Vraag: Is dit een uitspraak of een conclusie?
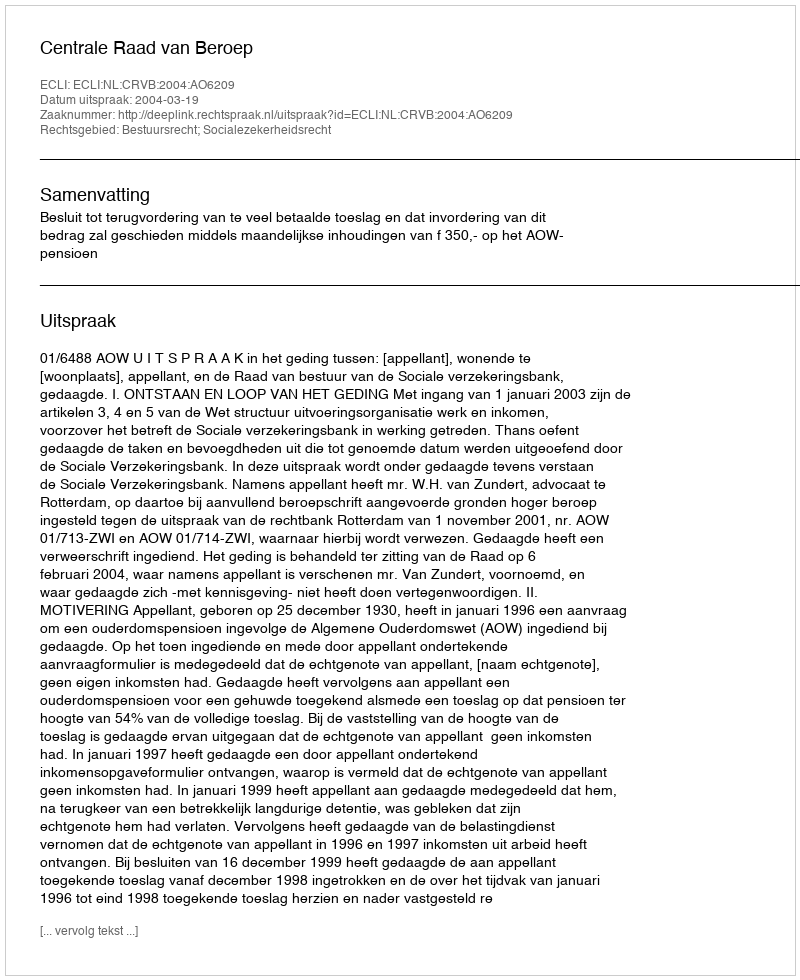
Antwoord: Uitspraak